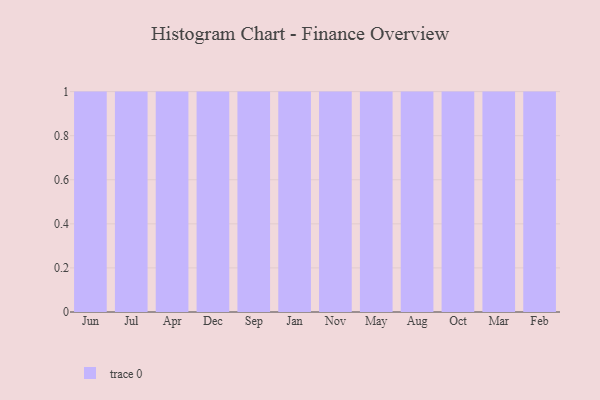
{"axis": {"x": "Month", "y": "Shipments"}, "legend": [""], "data": [{"x": "Jun", "y": 21, "type": ""}, {"x": "Jul", "y": 53, "type": ""}, {"x": "Apr", "y": 59, "type": ""}, {"x": "Dec", "y": 15, "type": ""}, {"x": "Sep", "y": 66, "type": ""}, {"x": "Jan", "y": 3, "type": ""}, {"x": "Nov", "y": 56, "type": ""}, {"x": "May", "y": 47, "type": ""}, {"x": "Aug", "y": 11, "type": ""}, {"x": "Oct", "y": 32, "type": ""}, {"x": "Mar", "y": 19, "type": ""}, {"x": "Feb", "y": 5, "type": ""}]}